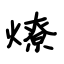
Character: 燎